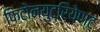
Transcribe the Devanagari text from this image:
फिटोन्युट्रियेण्ट